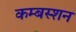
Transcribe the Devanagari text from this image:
कम्बस्शन